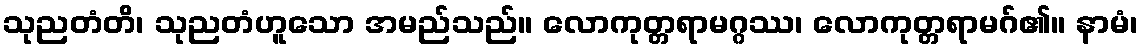
သုညတံတိ၊ သုညတံဟူသော အမည်သည်။ လောကုတ္တရာမဂ္ဂဿ၊ လောကုတ္တရာမဂ်၏။ နာမံ၊